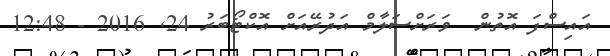
އައިސްފަ އޮތުން  ވަރަށްސަލާމް އަދުރޭއަށް އޮކްޓޯބަރު 24